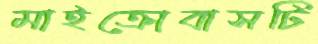
মাইক্রোবাসটি